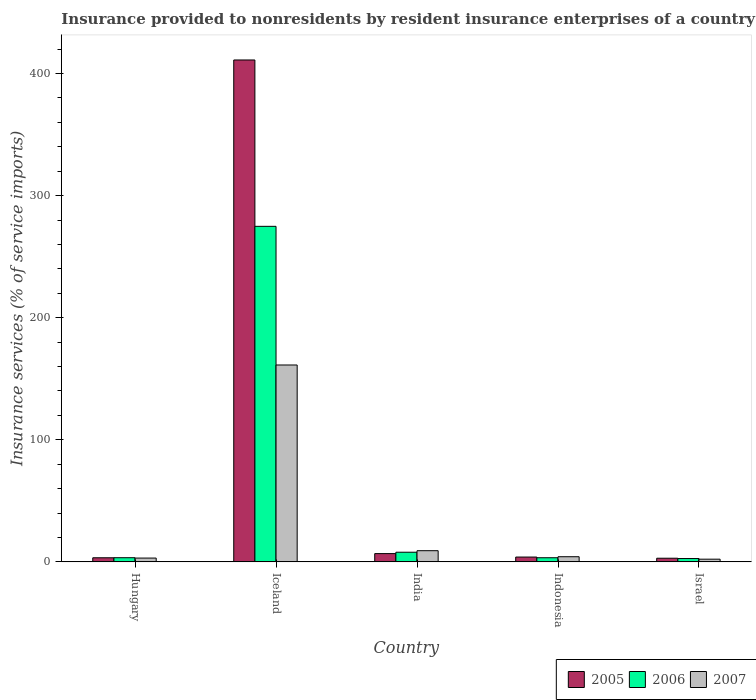
| Country | 2005 | 2006 | 2007 |
 | --- | --- | --- | --- |
 | Hungary | 3.36 | 3.4 | 3.11 |
 | Iceland | 411 | 275 | 161 |
 | India | 6.78 | 7.9 | 9.16 |
 | Indonesia | 3.95 | 3.38 | 4.22 |
 | Israel | 2.98 | 2.73 | 2.21 |